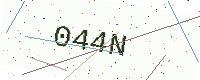
Text: 044N